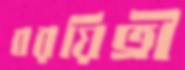
বরয়িত্রী